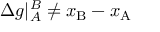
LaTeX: \Delta g | _ { A } ^ { B } \neq x _ { \mathrm { B } } - x _ { \mathrm { A } }